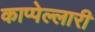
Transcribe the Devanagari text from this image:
काप्पेल्लारी